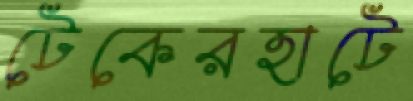
টেকেরহাটে